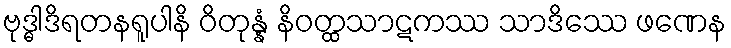
ဗုဒ္ဓါဒိရတနရူပါနိ ဝိတုန္နံ နိဝတ္ထသာဋကဿ သာဒိဿေ ဖဏေန